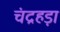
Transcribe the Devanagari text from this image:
चंद्रहड़ा